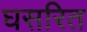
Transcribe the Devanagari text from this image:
घसरित